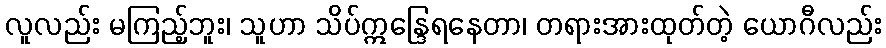
လူလည်း မကြည့်ဘူး၊ သူဟာ သိပ်ဣန္ဒြေရနေတာ၊ တရားအားထုတ်တဲ့ ယောဂီလည်း